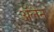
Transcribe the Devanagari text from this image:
ॲलेन